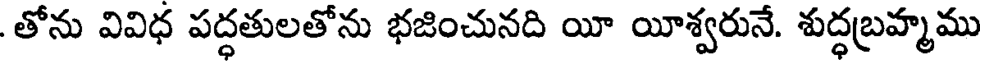
తోను వివిధ పద్ధతులతోను భజించునది యీ యీశ్వరునే. శుద్ధబ్రహ్మము